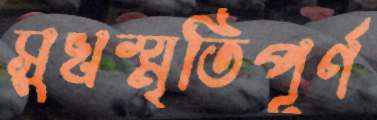
সুখস্মৃতিপূর্ণ